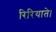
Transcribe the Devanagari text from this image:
रिरियाते।